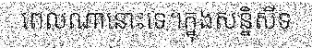
ពេលណានោះទេ។ក្នុងសន្និសីទ